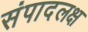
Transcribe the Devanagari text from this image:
संपादलक्ष